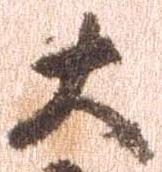
大